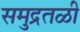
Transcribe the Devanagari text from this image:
समुद्रतळी